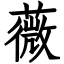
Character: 薇